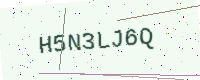
Text: H5N3LJ6Q